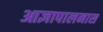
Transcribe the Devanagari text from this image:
आज्ञापालनास